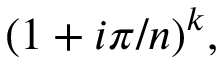
( 1 + i \pi / n ) ^ { k } ,